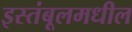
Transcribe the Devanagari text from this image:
इस्तंबूलमधील